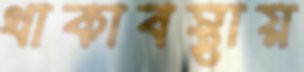
থাকাবস্থায়